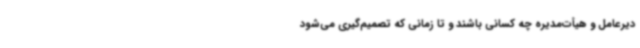
دیرعامل و هیأت‌مدیره چه کسانی باشند و تا زمانی که تصمیم‌گیری می‌شود